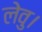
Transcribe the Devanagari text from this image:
लेवु।